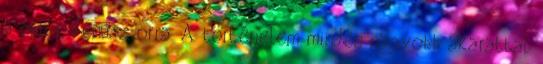
a milói Vénusz orra. A történelem minden nagyobb akarattal